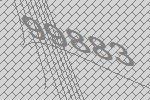
99883